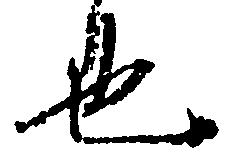
也